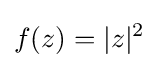
f(z)=|z|^{2}